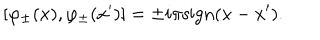
LaTeX: [ \varphi _ { \pm } ( x ) , \varphi _ { \pm } ( x ^ { \prime } ) ] = \pm i \pi \mathrm { s i g n } ( x - x ^ { \prime } ) .